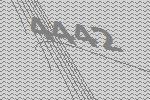
4442